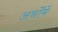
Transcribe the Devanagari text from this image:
अर्थोंमें